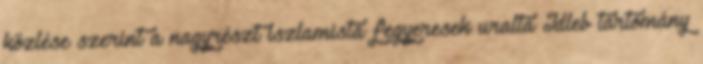
közlése szerint a nagyrészt iszlamista fegyeresek uralta Idleb tartomány